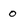
Character: 0